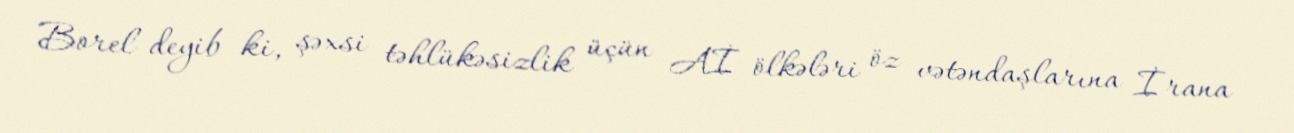
Borel deyib ki, şəxsi təhlükəsizlik üçün Aİ ölkələri öz vətəndaşlarına İrana